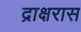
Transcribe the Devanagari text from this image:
द्राक्षरास